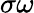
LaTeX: \sigma\omega